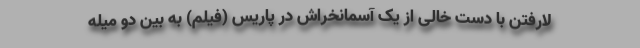
لارفتن با دست خالی از یک آسمانخراش در پاریس (فیلم) به بین دو میله